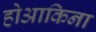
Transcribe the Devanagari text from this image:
होआकिना